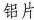
铝片